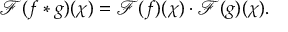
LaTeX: { \mathcal { F } } ( f * g ) ( \chi ) = { \mathcal { F } } ( f ) ( \chi ) \cdot { \mathcal { F } } ( g ) ( \chi ) .